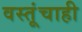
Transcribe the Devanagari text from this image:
वस्तूंचाही